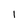
Character: l